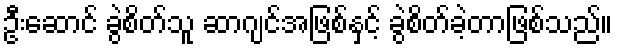
ဦးဆောင် ခွဲစိတ်သူ ဆာဂျင်အဖြစ်နှင့် ခွဲစိတ်ခဲ့တာဖြစ်သည်။